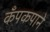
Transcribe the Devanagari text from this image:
कँपकपाने